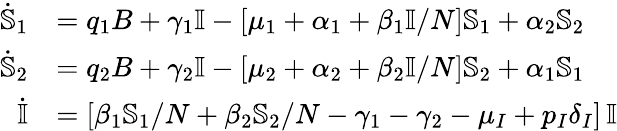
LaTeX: \begin{array}{rl}{\dot{\mathbb{S}}_{1}}&{=q_{1}B+\gamma_{1}{\mathbb{I}}-[\mu_{1}+\alpha_{1}+\beta_{1}{\mathbb{I}}/N]\mathbb{S}_{1}+\alpha_{2}\mathbb{S}_{2}}\\ {\dot{\mathbb{S}}_{2}}&{=q_{2}B+\gamma_{2}{\mathbb{I}}-[\mu_{2}+\alpha_{2}+\beta_{2}{\mathbb{I}}/N]\mathbb{S}_{2}+\alpha_{1}\mathbb{S}_{1}}\\ {\dot{{\mathbb{I}}}}&{=[\beta_{1}\mathbb{S}_{1}/N+\beta_{2}\mathbb{S}_{2}/N-\gamma_{1}-\gamma_{2}-\mu_{I}+p_{I}\delta_{I}]\, {\mathbb{I}}}\end{array}